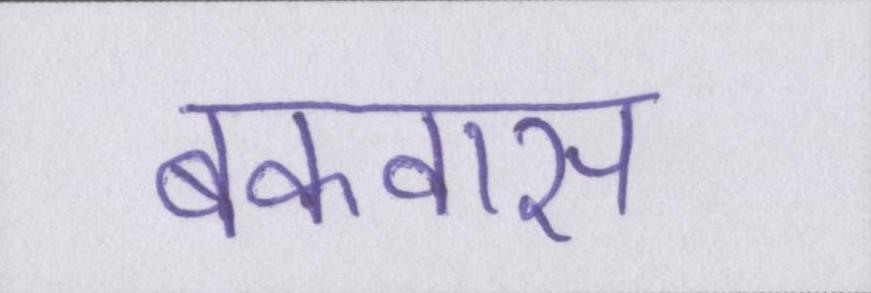
बकवास